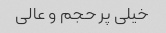
خیلی پر حجم و عالی